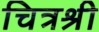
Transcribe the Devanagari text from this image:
चित्रश्री